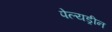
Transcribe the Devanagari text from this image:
पेल्यड्रीन